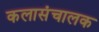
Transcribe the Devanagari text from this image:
कलासंचालक